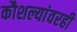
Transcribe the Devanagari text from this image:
कौशल्यांवरही